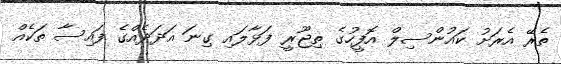
ތެރޭ އެރަށު ކައުންސިލް އޮފީހުގެ ތިޖޫރީ ފަޅާލައި ގިނަ އަދަދެއްގެ ފައިސާ ތަކެއް